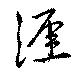
涯